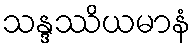
သန္ဒဿိယမာနံ